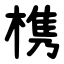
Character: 槜